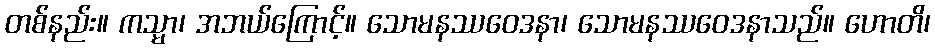
တစ်နည်း။ ကသ္မာ၊ အဘယ်ကြောင့်။ သောမနဿဝေဒနာ၊ သောမနဿဝေဒနာသည်။ ဟောတိ၊